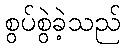
စွပ်စွဲခဲ့သည်